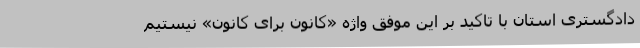
دادگستری استان با تاکید بر این موفق واژه «کانون برای کانون» نیستیم